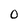
Character: 0